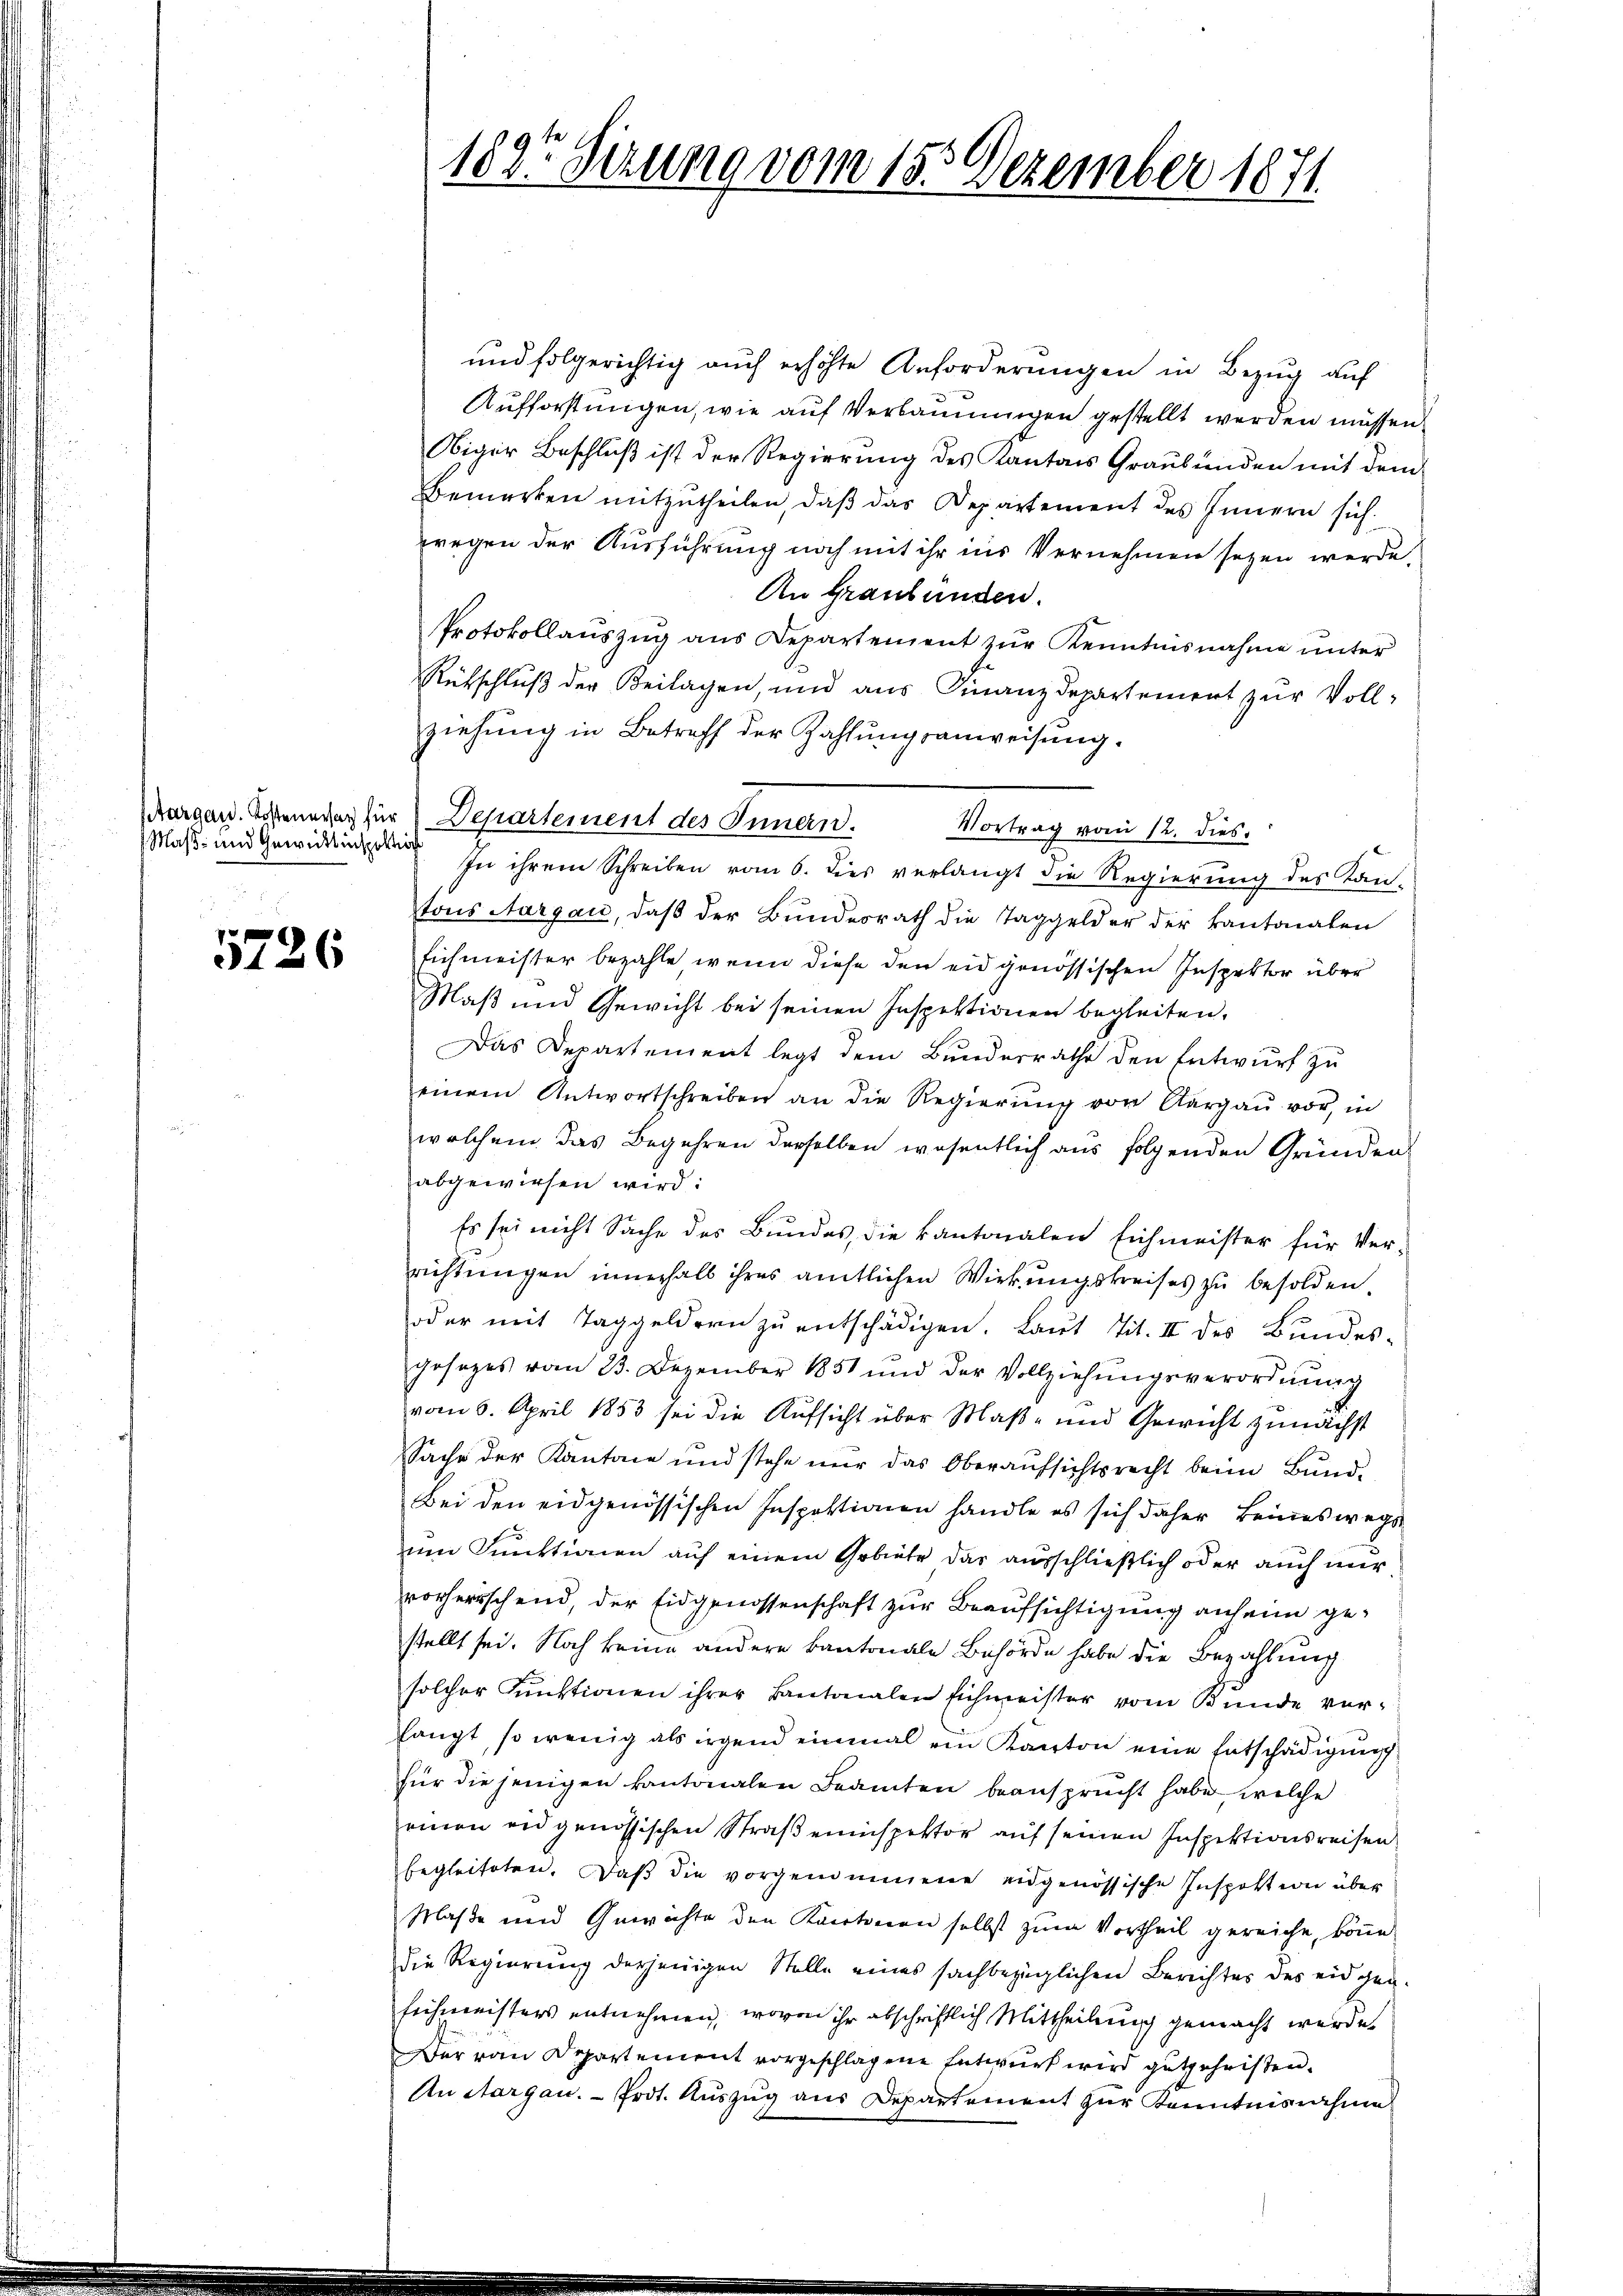
Maß- und Gewittinspektions

5226

und folgerichtig auch erhöhte Anforderungen in Bezug auf
Aufforstungen, wie auf Verbannungen gestellt werden müssen.
Obiger Beschluß ist der Regierung des Kantons Graubünden mit dem
Bemerken mitzutheilen, daß das Departement des Innern sich
wegen der Ausführung noch mit ihr ins Vernehmen seyen werde.
An Graubünden.
Protokollauszug aus Departement zur Kenntnisnahme unter
Rütschluß der Beilagen, und aus Finanzdepartement zur Vollziehŭng in Betreff der Zahlŭngsanweisung.
In ihrem Schreiben vom 6. dies verlangt die Regierung des Kan-
tons Aargau, daß der Bundesrath die Taggelder der kantonalen
Eichmeister bezahle, wenn diese den eidgenössischen Inspektor über
Maß und Gewicht bei seinen Inspektionen begleiten,
Das Departement legt dem Bunderrathe den Entwurf zu
einem Antwortschreiben an die Regierŭng von Aargaŭ vor, in
welchem das Begehren derselben wesentlich aus folgenden Gründen
abgewiesen wird:
Es sei nicht Sache des Bundes, die kantonalen Eichmeister für Ver-
richtungen innerhalb ihres amtlichen Wirkungskreises zu besolden.
oder mit Taggeldern zŭ entschädigen. Laŭt Tit. II des Bundes-
gesezes vom 23. Dezember 1851 und der Vollziehŭngsverordnŭng
vom 6. April 1853 sei die Aufsicht über Maß- und Gewicht zunächst
Sache der Kantone und stehe nur das Oberaufsichtsrecht beim Bund¬
Bei den eidgenössischen Inspektionen handle es sich daher keineswegs
um Funktionen auf einem Gebiete das ausschließlich oder auch nur
vorherrschend, der Eidgenossenschaft zur Beaufsichtigung anheim gestellt sei. Noch keine andere Cantonale Behörde habe die Bezahlung
solcher Funktionen ihrer Cantonalen Eichmeister vom Kunde verlangt, so wenig als irgend einmal ein Kanton eine Entschädigung
für die jenigen kantonalen Beamten beansprucht habe, welche
einen eidgenössischen Straßeninspektor auf seinen Inspektionsreisen
begleiteten. Daβ die vorgenommene eidgenössische Inspott wie über
Maße und Gewichte den Kantonen selbst zum Vortheil gereiche, könne
die Regierung derjenigen Stelle eines sachbezüglichen Berichter des eidgen
Eichmeisters entnehmen, wovon ihr abschriftlich Mittheilung gemacht werde.
Der von Departement vorgeschlagene Entwurf wird gutgeheissen.
An Aargau. - Prot. Auszug aus Departement zur Kenntnisnahme

1897 Sezung vom 15. Dezember 1871

arcand. Scheinung für Departement des Innern. Vortrag vom 12. dies